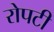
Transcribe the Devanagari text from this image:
रोपटी